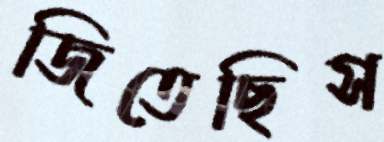
জিতেছিস